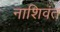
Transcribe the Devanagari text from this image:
नाशिवंत